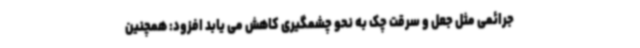
جرائمی مثل جعل و سرقت چک به نحو چشمگیری کاهش می یابد افزود: همچنین